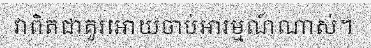
វាពិតជាគួរអោយចាប់អារម្មណ៍ណាស់។